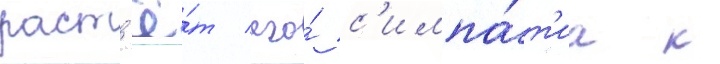
раст'ё́т его́ с'импа́т'иа к